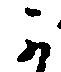
可